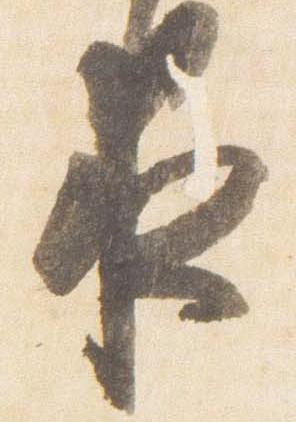
夜